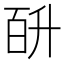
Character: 𭽎